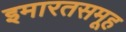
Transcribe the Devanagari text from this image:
इमारतसमूह